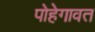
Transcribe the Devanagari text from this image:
पोहेगावत